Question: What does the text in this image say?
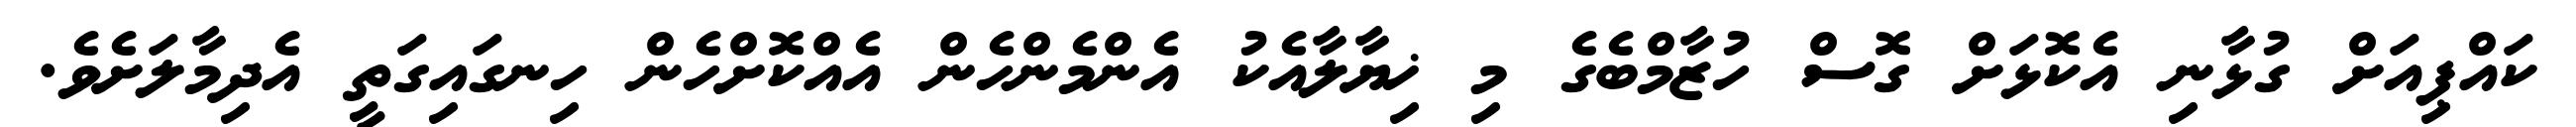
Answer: ކައްޕިއަށް ގުޅާނި އެކޮޅަށް ގޮސް ހުޒާމްބެގެ މި ޚިޔާލާއެކު އެންމެންހެން އެއްކޮށްހެން ހިނގައިގަތީ އެދިމާލަށެވެ.